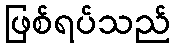
ဖြစ်ရပ်သည်